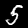
Label: 5